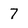
Character: 7